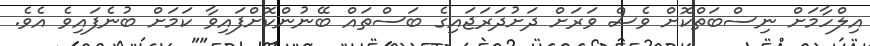
އިލްހާމަށް ނިސްބަތްކޮށް ވެސް ވަރަށް ދަށުދަރަޖައިގެ ބަސްތައް ބޭނުންކޮށްފައިވާ ކަމަށް ބުނެފައިވެ އެވެ.